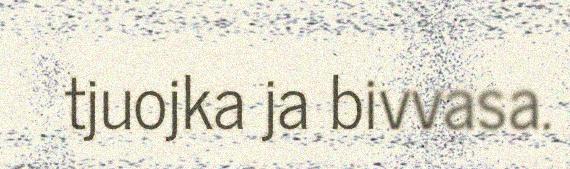
tjuojka ja bivvasa.